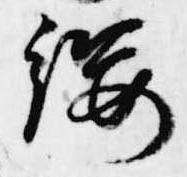
纓